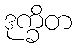
ဒုက္ခိတ